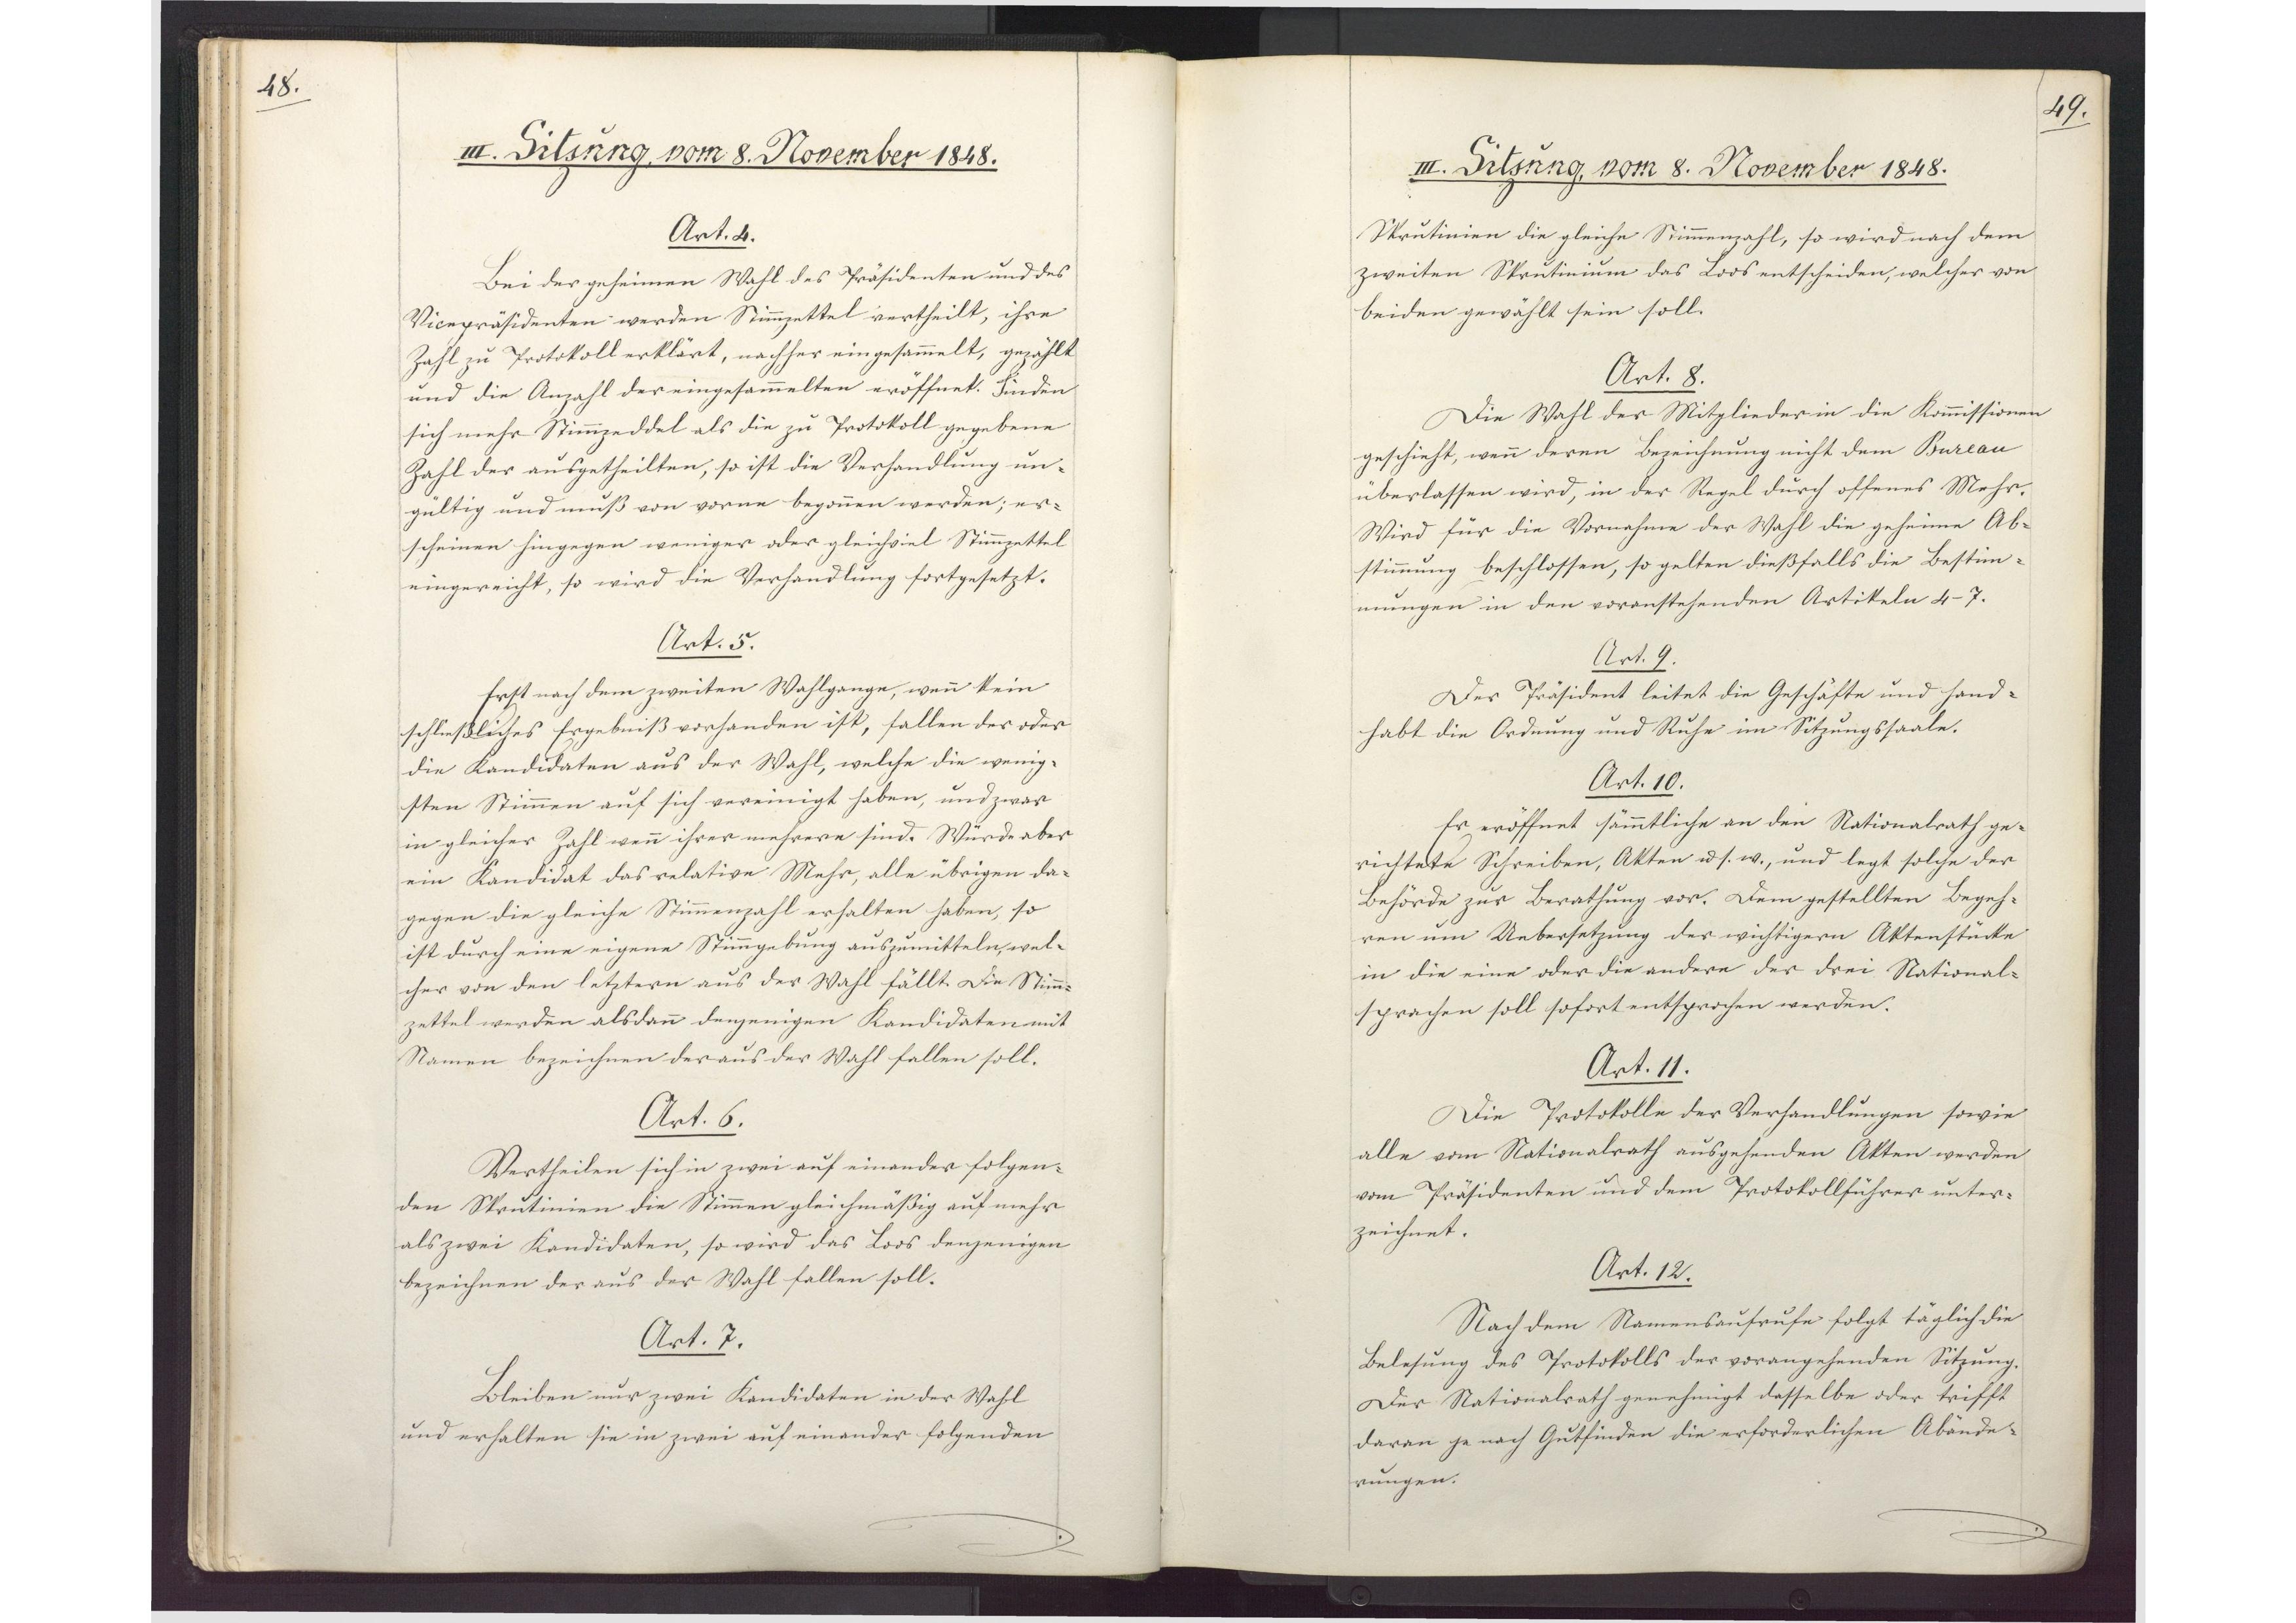
48.

III. Sitzung, vom 8. November 1848.

Art. 4.
Bei der geheimen Wahl des Präsidenten und des
Vicepräsidenten werden Stimmzettel vertheilt, ihre
Zahl zu Protokoll erklärt, nachher eingesammelt, gezählt
und die Anzahl der eingesammelten eröffnet. Finden
sich mehr Stimmzeddel als die zu Protokoll gegebene
Zahl der ausgetheilten, so ist die Verhandlung un¬
gültig und muß von vorne begonnen werden; er¬
scheinen hingegen weniger oder gleichviel Stimmzettel
eingereicht, so wird die Verhandlung fortgesetzt.
Art. 5.
Erst nach dem zweiten Wahlgange, wenn kein
schließliches Ergebniß vorhanden ist, fallen der oder
die Kandidaten aus der Wahl, welche die wenig¬
sten Stimmen auf sich vereinigt haben, und zwar
in gleicher Zahl wenn ihrer mehrere sind. Würde aber
ein Kandidat das relative Mehr, alle übrigen da¬
gegen die gleiche Stimmenzahl erhalten haben, so
ist durch eine eigene Stimmgebung auszumitteln, wel¬
cher von den letztern aus der Wahl fällt. Die Stimm¬
zettel werden alsdann denjenigen Kandidaten mit
Namen bezeichnen der aus der Wahl fallen soll.
Art. 6.
Vertheilen sich in zwei auf einander folgen¬
den Skrutinien die Stimmen gleichmäßig auf mehr
als zwei Kandidaten, so wird das Loos denjenigen
bezeichnen der aus der Wahl fallen soll.
Art. 7.
Bleiben nur zwei Kandidaten in der Wahl
und erhalten sie in zwei auf einander folgenden

49.

III. Sitzung, vom 8. November 1848.

Skrutinien die gleiche Stimmenzahl, so wird nach dem
zweiten Skrutinium das Loos entscheiden, welcher von
beiden gewählt sein soll.
Art. 8.
Die Wahl der Mitglieder in die Kommissionen
geschieht, wenn deren Bezeichnung nicht dem Bureau
überlassen wird, in der Regel durch offenes Mehr.
Wird für die Vornahme der Wahl die geheime Ab¬
stimmung beschlossen, so gelten dießfalls die Bestim¬
mungen in den voranstehenden Artikeln 4-7.
Art. 9.
Der Präsident leitet die Geschäfte und hand¬
habt die Ordnung und Ruhe im Sitzungssaale.
Art. 10.
Er eröffnet sämmtliche an den Nationalrath ge¬
richtete Schreiben, Akten u. s. w., und legt solche der
Behörde zur Berathung vor. Dem gestellten Begeh¬
ren um Uebersetzung der wichtigern Aktenstücke
in die eine oder die andere der drei National¬
sprachen soll sofort entsprochen werden.
Art. 11.
Die Protokolle der Verhandlungen sowie
alle vom Nationalrath ausgehenden Akten werden
vom Präsidenten und dem Protokollführer unter¬
zeichnet.
Art. 12.
Nach dem Namensaufrufe folgt täglich die
Belesung des Protokolls der vorangehenden Sitzung.
Der Nationalrath genehmigt dasselbe oder trifft
daran je nach Gutfinden die erforderlichen Abände¬
rungen.